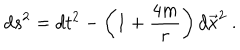
d s ^ { 2 } = d t ^ { 2 } - \left( 1 + { \frac { 4 m } { r } } \right) d \vec { x } ^ { 2 } \ .